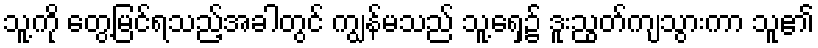
သူ့ကို တွေ့မြင်ရသည့်အခါတွင် ကျွန်မသည် သူ့ရှေ့၌ ဒူးညွတ်ကျသွားကာ သူ၏